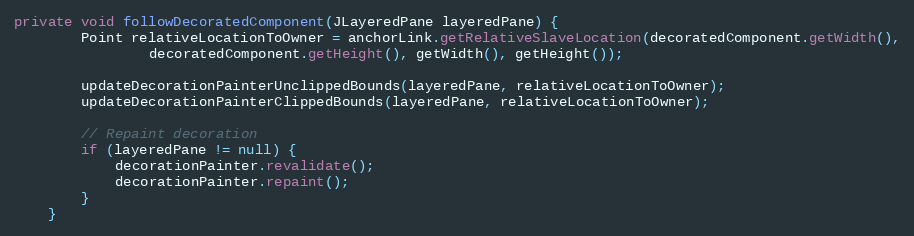
Language: Java
private void followDecoratedComponent(JLayeredPane layeredPane) {
        Point relativeLocationToOwner = anchorLink.getRelativeSlaveLocation(decoratedComponent.getWidth(),
                decoratedComponent.getHeight(), getWidth(), getHeight());

        updateDecorationPainterUnclippedBounds(layeredPane, relativeLocationToOwner);
        updateDecorationPainterClippedBounds(layeredPane, relativeLocationToOwner);

        // Repaint decoration
        if (layeredPane != null) {
            decorationPainter.revalidate();
            decorationPainter.repaint();
        }
    }